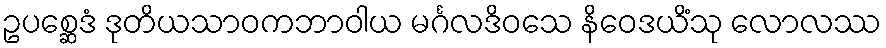
ဥပစ္ဆေဒံ ဒုတိယသာဝကဘာဝါယ မင်္ဂလဒိဝသေ နိဝေဒယိံသု လောလဿ